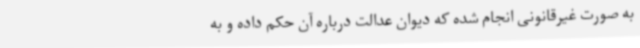
به صورت غیرقانونی انجام شده که دیوان عدالت درباره آن حکم داده و به